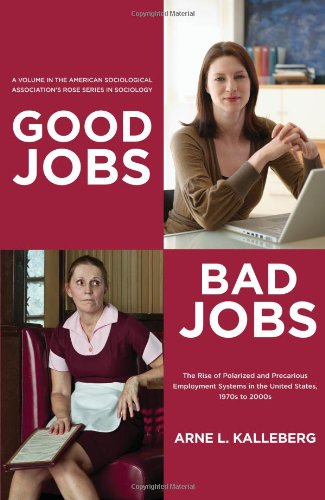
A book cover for Good Jobs, Bad Jobs: The Rise of Polarized and Precarious Employment Systems in the United States, 1970s-2000s (American Sociological Association's Rose Series in Sociology); Arne L. Kalleberg; Business & Money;